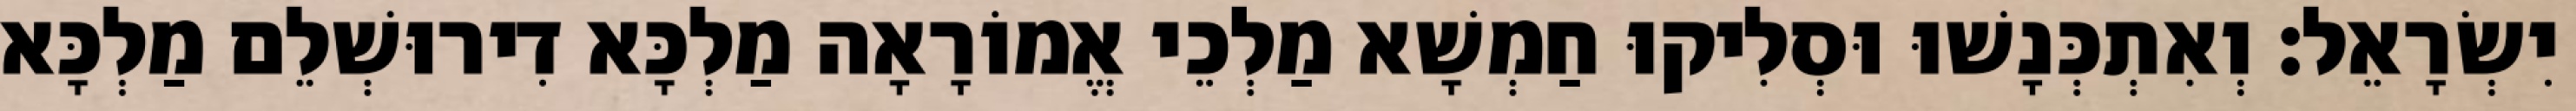
יִשְׂרָאֵל׃ וְאִתְכְּנָשׁוּ וּסְלִיקוּ חַמְשָׁא מַלְכֵי אֱמוֹרָאָה מַלְכָּא דִירוּשְׁלֵם מַלְכָּא